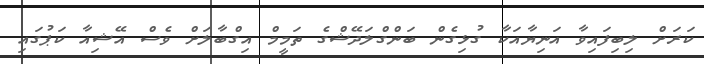
ކަރަށް ލިބިފައިވާ އަނިޔާއަކާ ގުޅިގެން ބަންގްލަދޭޝްގެ ތަމީމް އިގްބާލަށް ވެސް އޭޝިއާ ކަޕުގައި